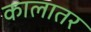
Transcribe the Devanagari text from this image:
कालातर